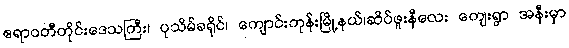
ဧရာဝတီတိုင်းဒေသကြီး၊ ပုသိမ်ခရိုင်၊ ကျောင်းကုန်းမြို့နယ်၊ဆိပ်ဖူးနီလေး ကျေးရွာ အနီးမှာ